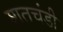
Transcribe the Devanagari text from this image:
शतचंडी